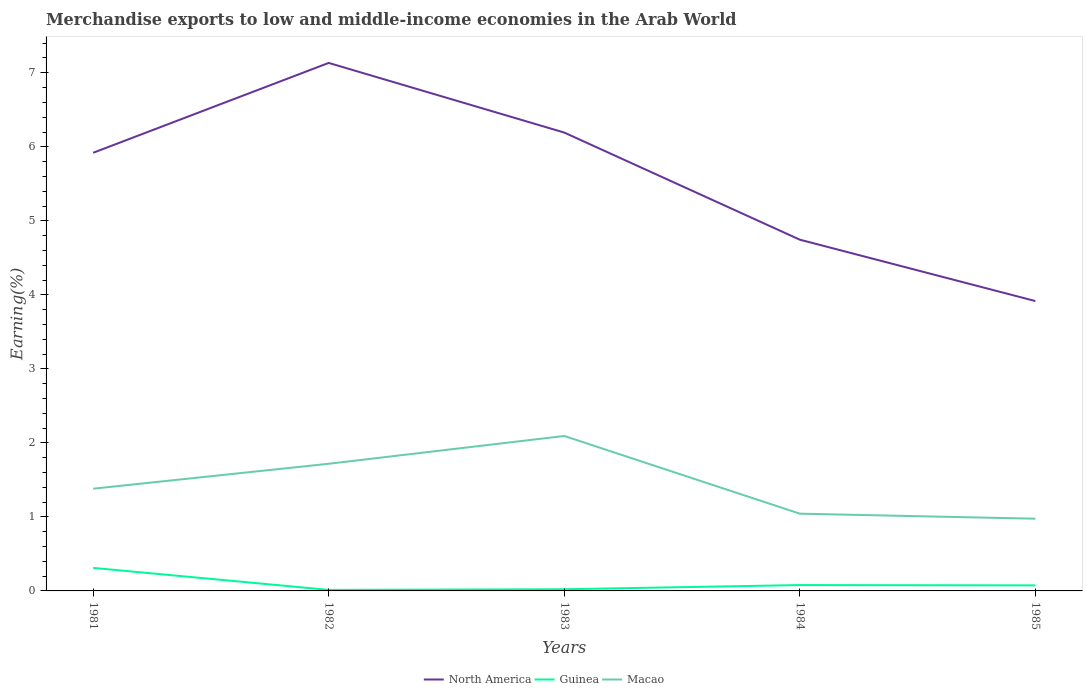
| Years | North America | Guinea | Macao |
 | --- | --- | --- | --- |
 | 1981 | 5.92 | 0.311 | 1.38 |
 | 1982 | 7.13 | 0.0139 | 1.72 |
 | 1983 | 6.19 | 0.0226 | 2.09 |
 | 1984 | 4.75 | 0.0792 | 1.04 |
 | 1985 | 3.92 | 0.0748 | 0.976 |